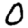
Digit: 0